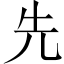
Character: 先